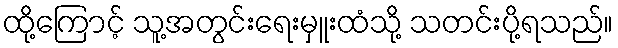
ထို့ကြောင့် သူ့အတွင်းရေးမှူးထံသို့ သတင်းပို့ရသည်။